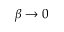
\beta \rightarrow 0